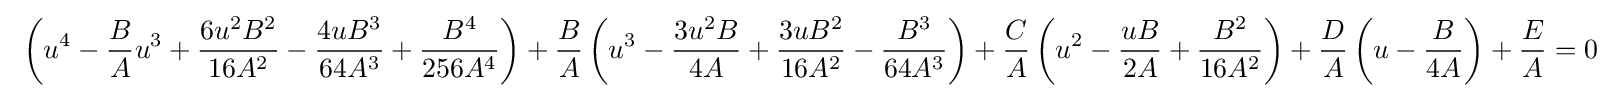
\ \left(u^{4}-{B \over A}u^{3}+{6u^{2}B^{2} \over 16A^{2}}-{4uB^{3} \over 64A^{3}}+{B^{4} \over 256A^{4}}\right)+{B \over A}\left(u^{3}-{3u^{2}B \over 4A}+{3uB^{2} \over 16A^{2}}-{B^{3} \over 64A^{3}}\right)+{C \over A}\left(u^{2}-{uB \over 2A}+{B^{2} \over 16A^{2}}\right)+{D \over A}\left(u-{B \over 4A}\right)+{E \over A}=0\